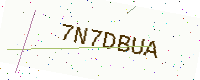
Text: 7N7DBUA